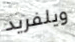
ويلفريد